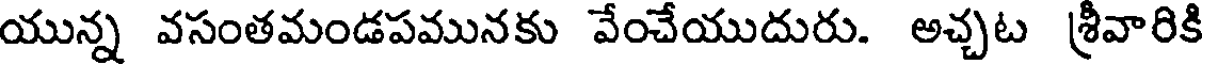
యున్న వసంతమండపమునకు వేంచేయుదురు. అచ్చట శ్రీవారికి